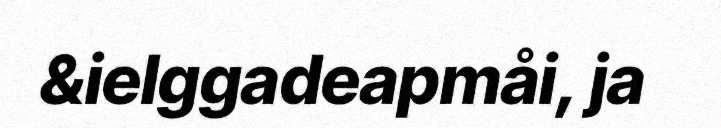
&ielggadeapmåi, ja